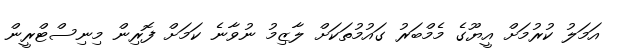
އަމަލު ކުރުމަށް އީޔޫގެ މެމްބަރު ގައުމުތަކަށް ލާޒިމު ނުވާނެ ކަމަށް ފޮރިން މިނިސްޓްރީން